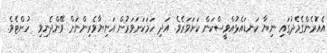
އެއުރެންގެމެދުގައި ނިޔާ ކަނޑައެޅުއްވީސްކަން ކަށަވަރެވެ. އަދި ހަމަކަށަވަރުން އަނިޔާވެރިންނަށް ވޭންދެނިވި  ހުށްޓެވެ.